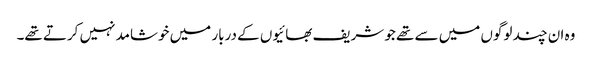
وہ ان چند لوگوں میں سے تھے جو شریف بھائیوں کے دربار میں خوشامد نہیں کرتے تھے۔